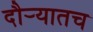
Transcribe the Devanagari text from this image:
दौर्‍यातच